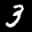
Label: 3